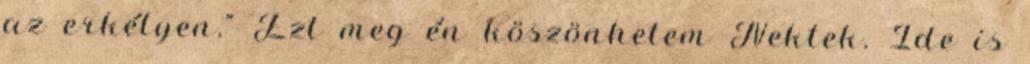
az erkélyen." Ezt meg én köszönhetem Nektek. Ide is